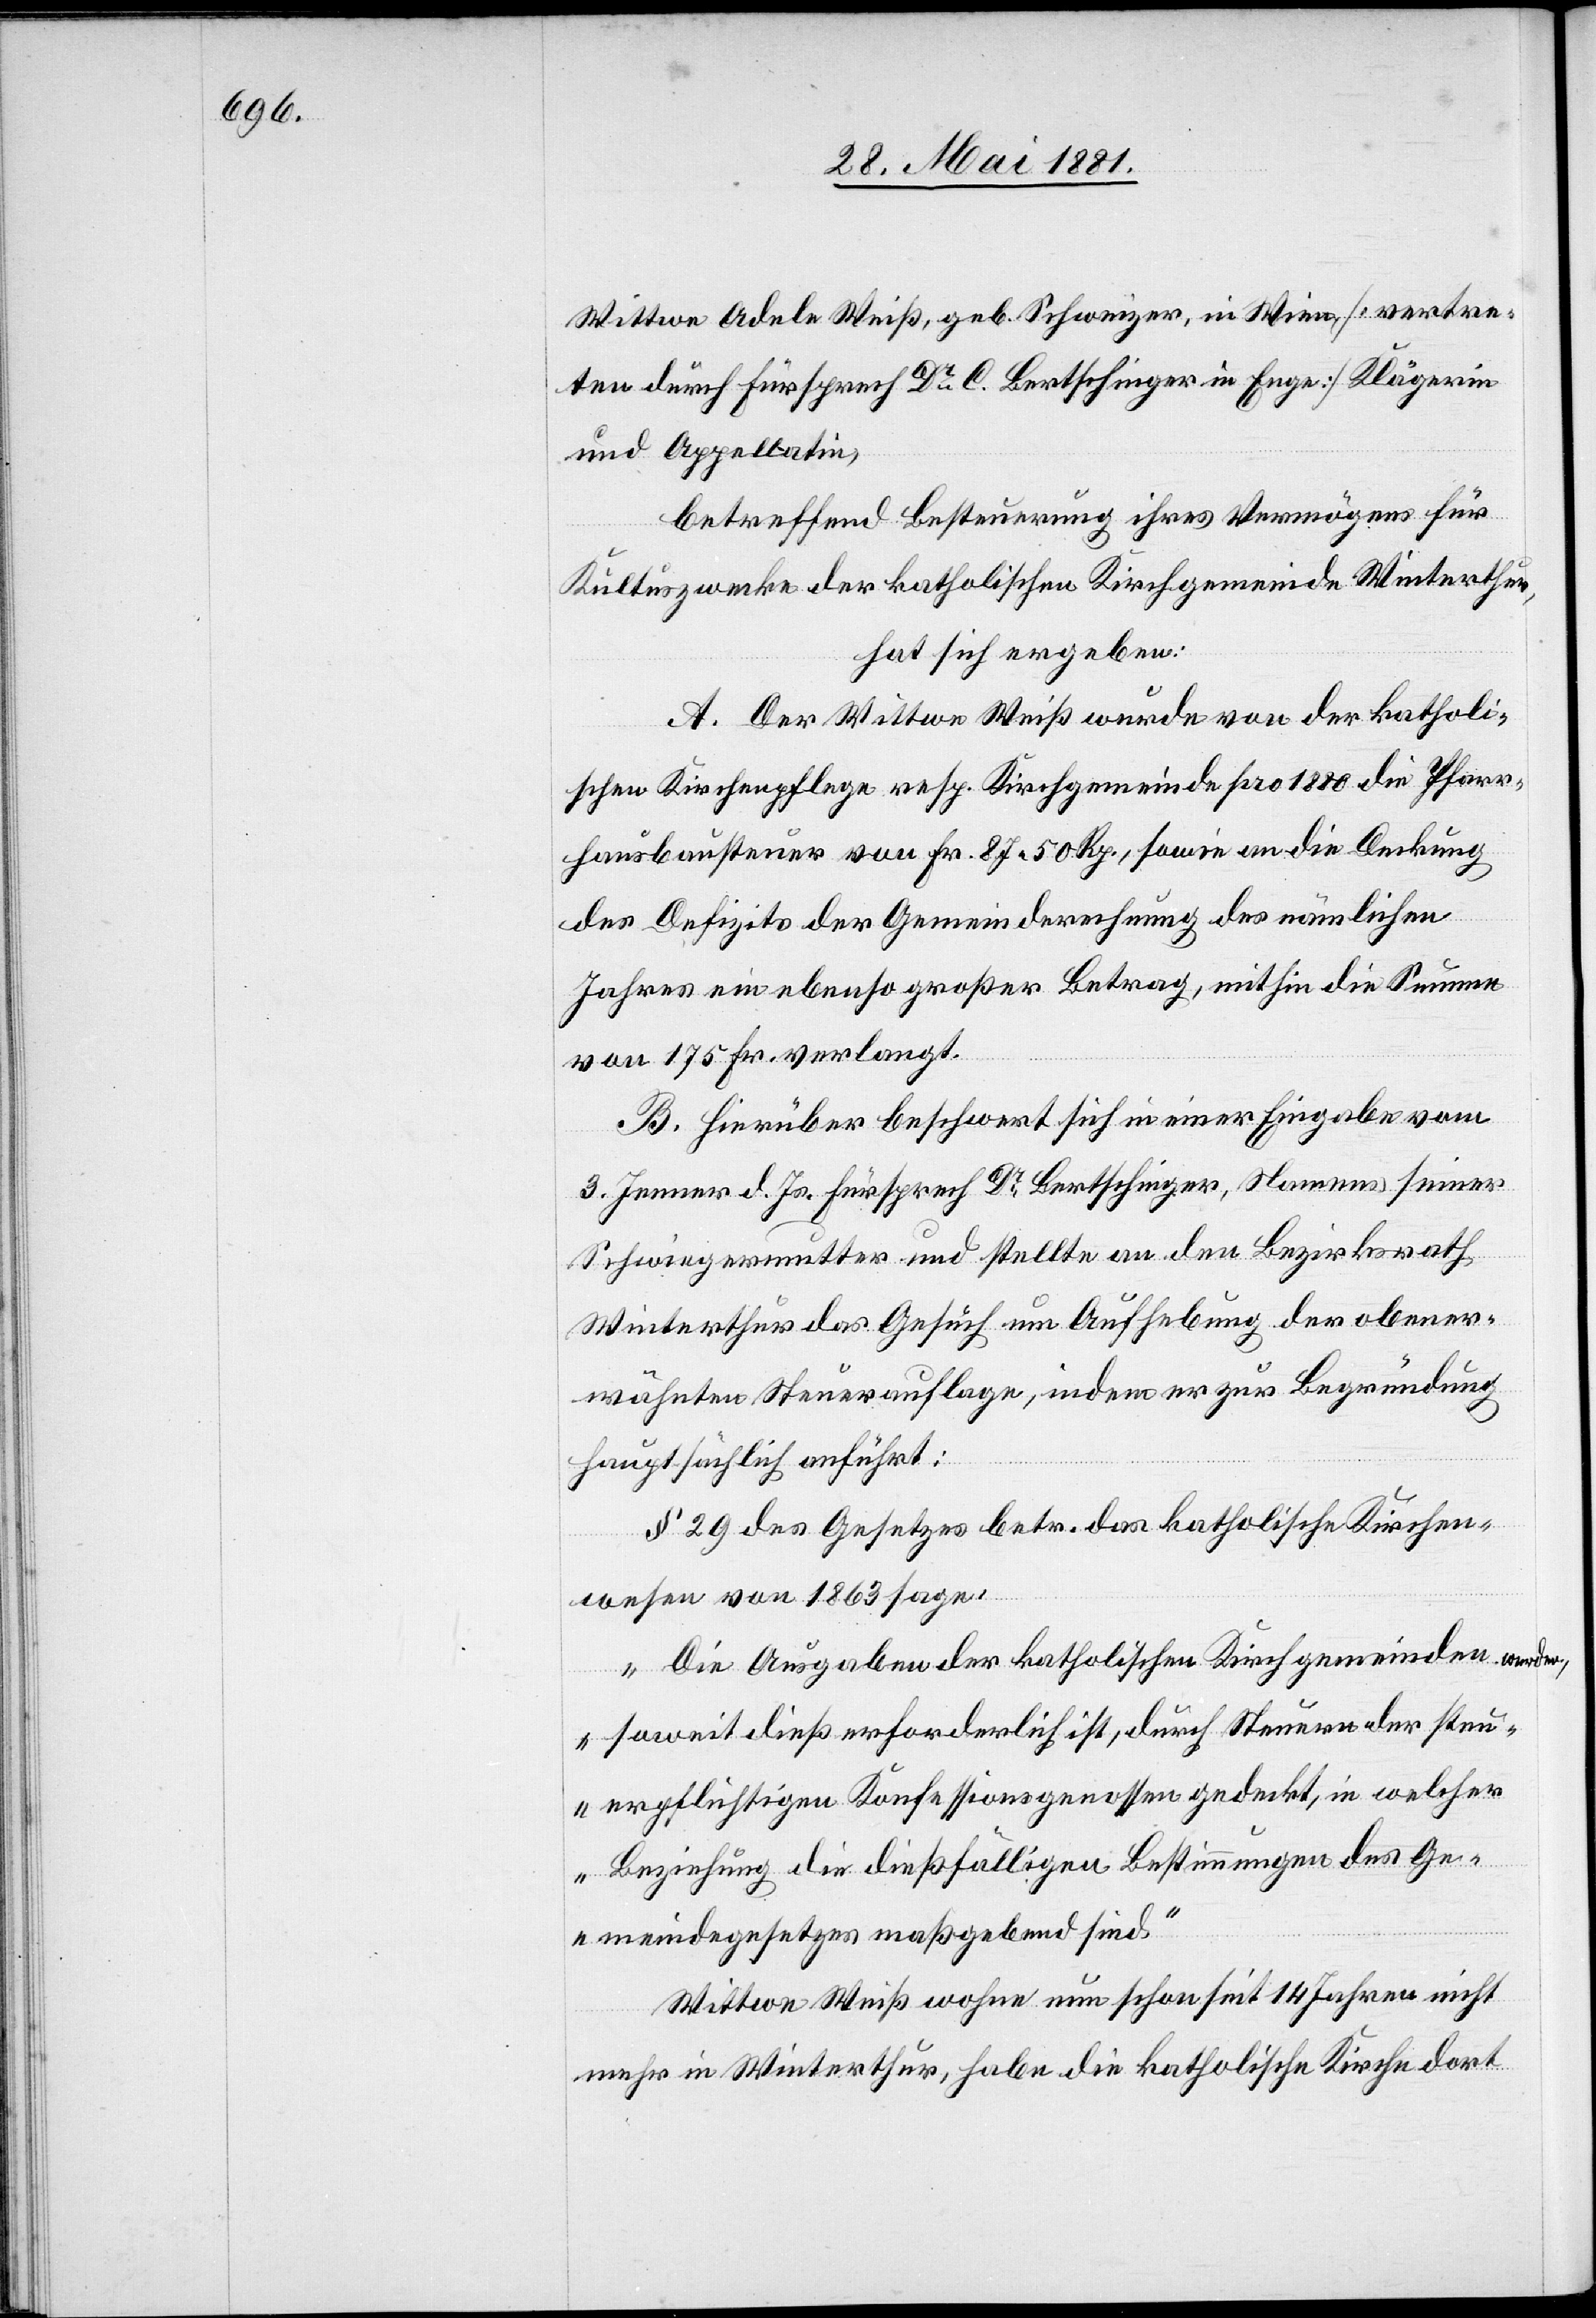
Wittwe Adele Weiß, geb. Schweizer, in Wien, [vertre¬
ten durch Fürsprech Dr C. Bertschinger in Enge] Klägerin
und Appellatin,
betreffend Besteuerung ihres Vermögens für
Kultuszwecke der katholischen Kirchgemeinde Winterthur,
hat sich ergeben:
A. Der Wittwe Weiß wurde von der katholi¬
schen Kirchenpflege resp. Kirchgemeinde pro 1880 die Pfarr¬
hausbausteuer von Fr. 87 50 Rp., sowie an die Deckung
des Defizits der Gemeinderechnung des nämlichen
Jahres ein ebenso großer Betrag, mit hin die Summe
von 175 Fr. verlangt.
B. Hierüber beschwert sich in einer Eingabe vom
3. Jenner d. Js. Fürsprech Dr Bertschinger, Namens seiner
Schwiegermutter und stellte an den Bezirksrath
Winterthur das Gesuch um Aufhebung der obener¬
wähnten Steuerauflage, indem er zur Begründung
hauptsächlich anführt:
§ 29 des Gesetzes betr. das katholische Kirchen¬
wesen von 1863 sage,
„Die Ausgaben der katholischen Kirchgemeinde werden,
soweit dieß erforderlich ist, durch Steuern der steu¬
erpflichtigen Konfessionsgenossen gedeckt, in welcher
Beziehung die dießfälligen Bestimmungen des Ge¬
meindegesetzes maßgebend sind.“
Wittwe Weiß wohne nun schon seit 14 Jahren nicht
mehr in Winterthur, habe die katholische Kirche dort